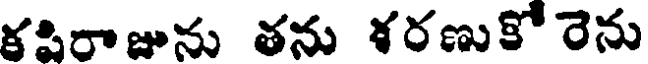
కపిరాజును తను శరణుకో రెను